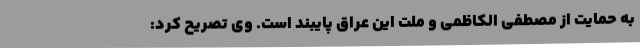
به حمایت از مصطفی الکاظمی و ملت این عراق پایبند است. وی تصریح کرد: